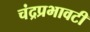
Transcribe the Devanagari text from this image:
चंद्रप्रभावटी